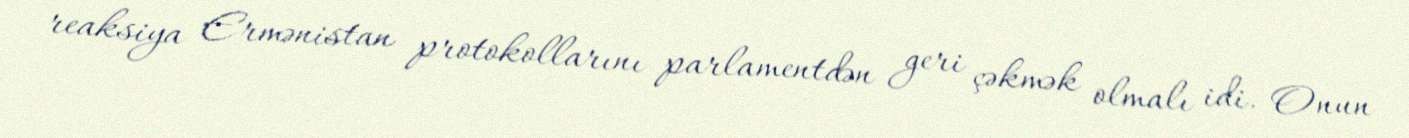
reaksiya Ermənistan protokollarını parlamentdən geri çəkmək olmalı idi. Onun